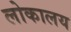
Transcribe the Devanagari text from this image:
लोकालय